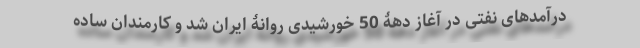
درآمدهای نفتی در آغاز دهۀ 50 خورشیدی روانۀ ایران شد و کارمندان ساده